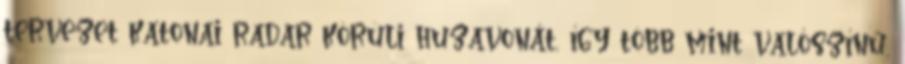
tervezet katonai radar körüli huzavonát, így több mint valószínű,